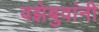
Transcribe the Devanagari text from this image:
वझेबुवांनी